Annual returns of the Patna Lunatic Asylum at Bankipore in Bihar and Orissa - 1912-1924
Year: 1912
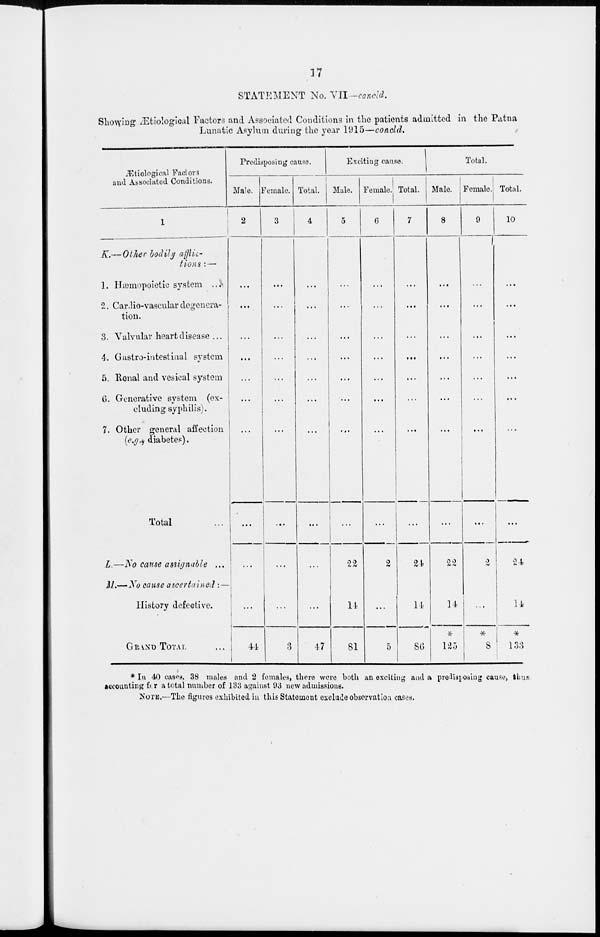
17
STATEMENT No.
VII-concld.
Showing Ætiological Factors and Associated Conditions in the patients admitted in the Patna
Lunatic Asylum during the year 1915—concld.
Ætiological Factors
and Associated Conditions.
1
K.–Other bodily afflic-
tions :—
1. Hæmopoietic system ...
2. Cardio-vascular degenera-
tion.
3. Valvular heart disease ...
4. Gastro-intestinal system
5. Ronal and vesical system
6. Generative system (ex-
cluding syphilis).
7. Other general affection
(e.g., diabetes).
Total ...
L.—No cause assignable ...
M.—No cause ascertained :—
History defective.
GRAND TOTAL ...
Predisposing cause.
Male.
2
...
...
...
...
...
...
...
...
...
...
44
Female.
3
...
...
...
...
...
...
...
...
...
...
3
Total.
4
...
...
...
...
...
...
...
...
...
...
47
Exciting cause.
Male.
5
...
...
...
...
...
...
...
...
22
14
81
Female.
6
...
...
...
...
...
...
...
...
2
...
5
Total.
7
...
...
...
...
...
...
...
...
24
14
86
Total.
Male.
8
...
...
...
...
...
...
...
...
22
14
*
125
Female.
9
...
...
...
...
...
...
...
...
2
...
*
8
Total.
10
...
...
...
...
...
...
...
...
24
14
*
133
* In 40 cases, 38 males and 2 females, there were both an exciting and a predisposing cause, thus-
accounting for a total number of 133 against 93 new admissions.
NOTE .—The figures exhibited in this Statement exclude observation cases.